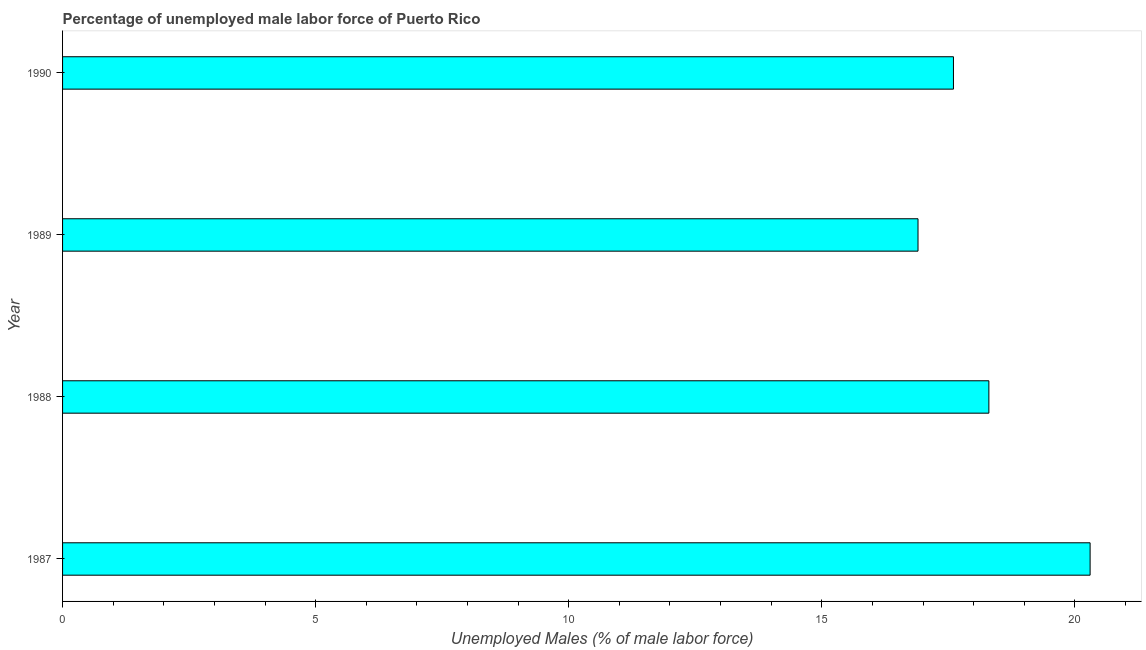
| Year | Unemployment male |
 | --- | --- |
 | 1987 | 20.3 |
 | 1988 | 18.3 |
 | 1989 | 16.9 |
 | 1990 | 17.6 |